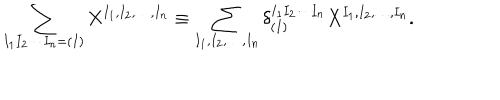
LaTeX: \sum _ { I _ { 1 } I _ { 2 } \cdots I _ { n } = ( I ) } X ^ { I _ { 1 } , I _ { 2 } , \ldots , I _ { n } } \equiv \sum _ { I _ { 1 } , I _ { 2 } , \ldots , I _ { n } } \delta _ { ( I ) } ^ { I _ { 1 } I _ { 2 } \cdots I _ { n } } X ^ { I _ { 1 } , I _ { 2 } , \ldots , I _ { n } } .